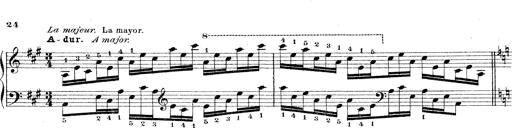
Title: Technische Studien
Composer: Franz Liszt